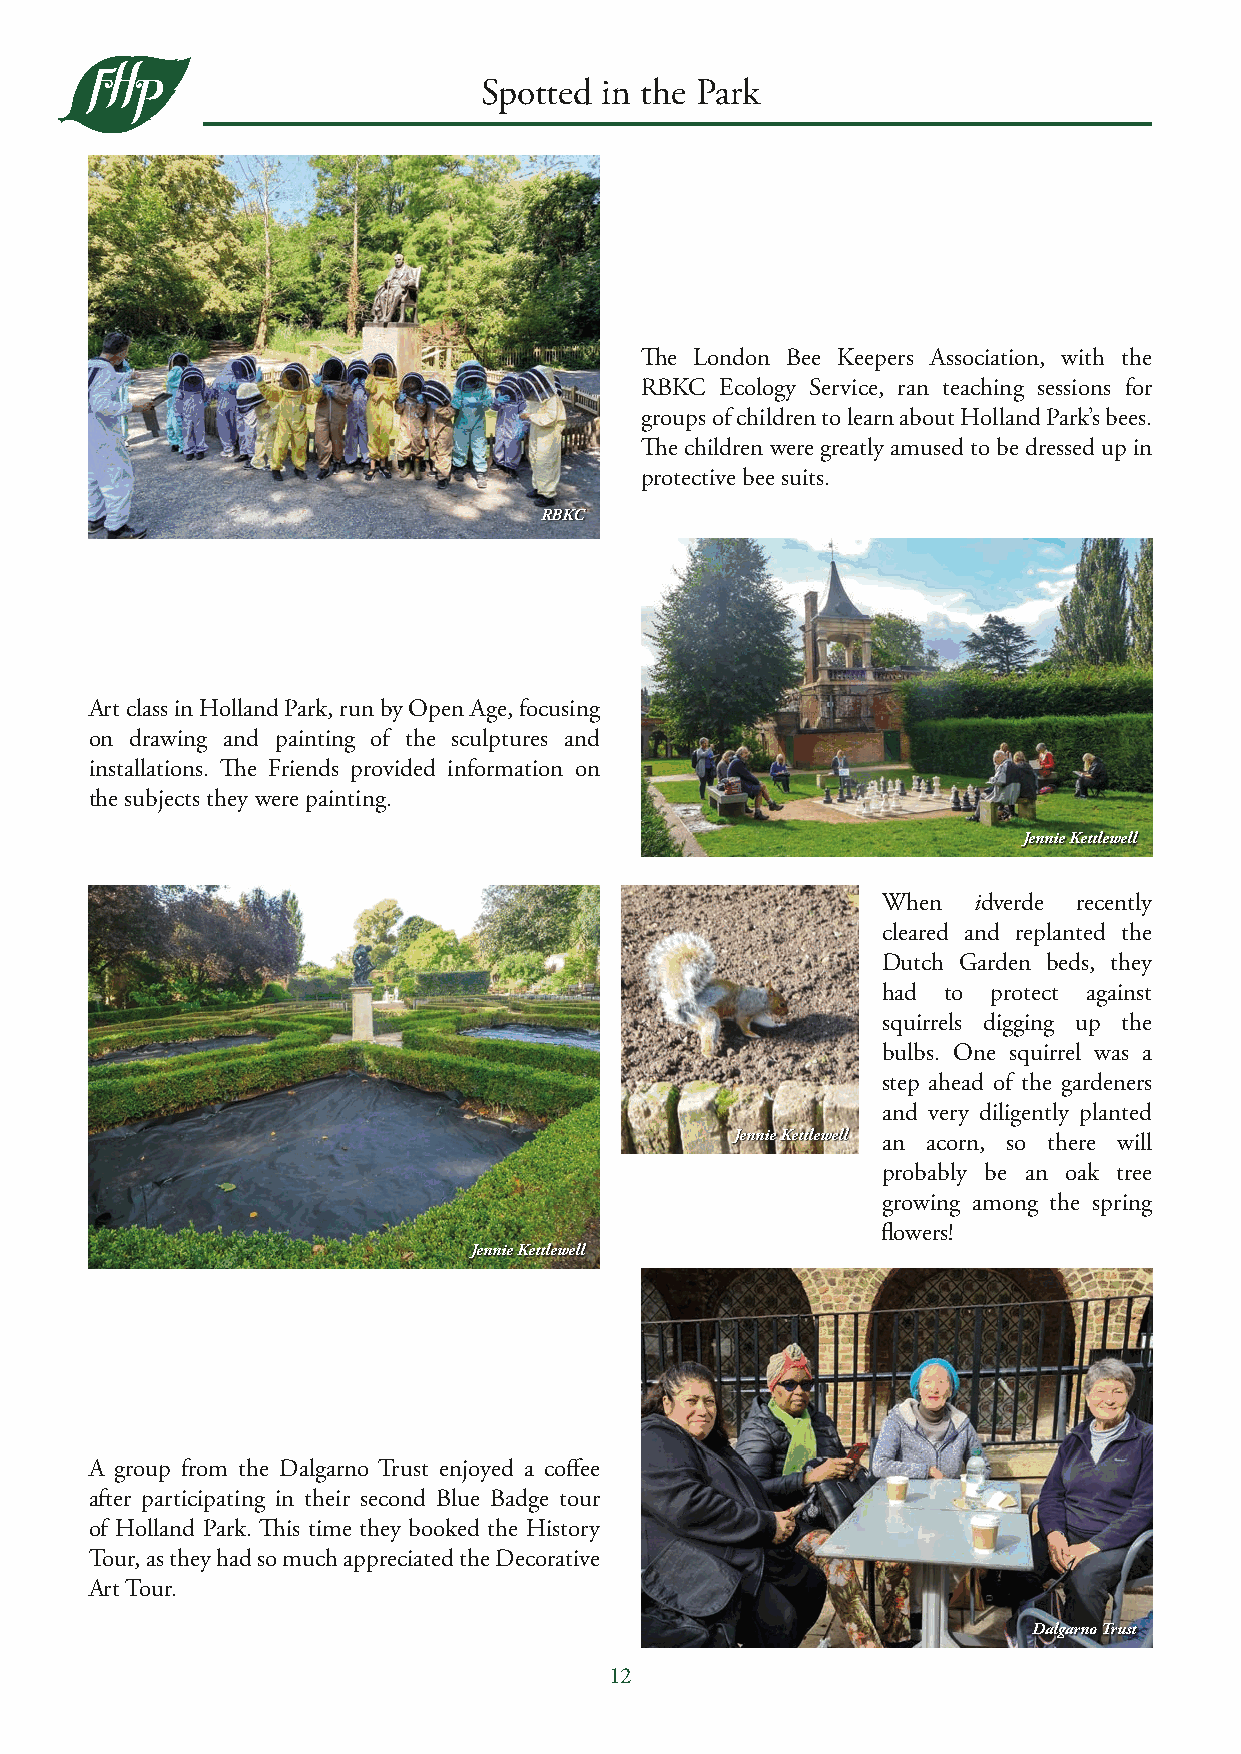
Spotted in the Park
 The London Bee Keepers Association, with the
 RBKC  Ecology Service, ran teaching sessions for
 groups of children to learn about Holland Park’s bees.
 The children were greatly amused to be dressed up in
 protective bee suits.
 RBKC
 Art class in Holland Park, run by Open Age, focusing
 on drawing and painting of the sculptures and
 installations. The Friends provided information on
 the subjects they were painting.
 Jennie Kettlewell
 When  idverde recently
 cleared and replanted the
 Dutch Garden beds, they
 had to  protect against
 squirrels digging up the
 bulbs. One squirrel was a
 step ahead of the gardeners
 and very diligently planted
 Jennie Kettlewell an acorn, so there will
 probably be an oak tree
 growing among the spring
 flowers!
 Jennie Kettlewell
 A group from the Dalgarno Trust enjoyed a coffee
 after participating in their second Blue Badge tour
 of Holland Park. This time they booked the History
 Tour, as they had so much appreciated the Decorative
 Art Tour.
 Dalgarno Trust
 12